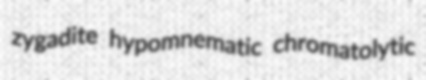
zygadite hypomnematic chromatolytic